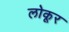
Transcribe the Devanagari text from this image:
लोकूर